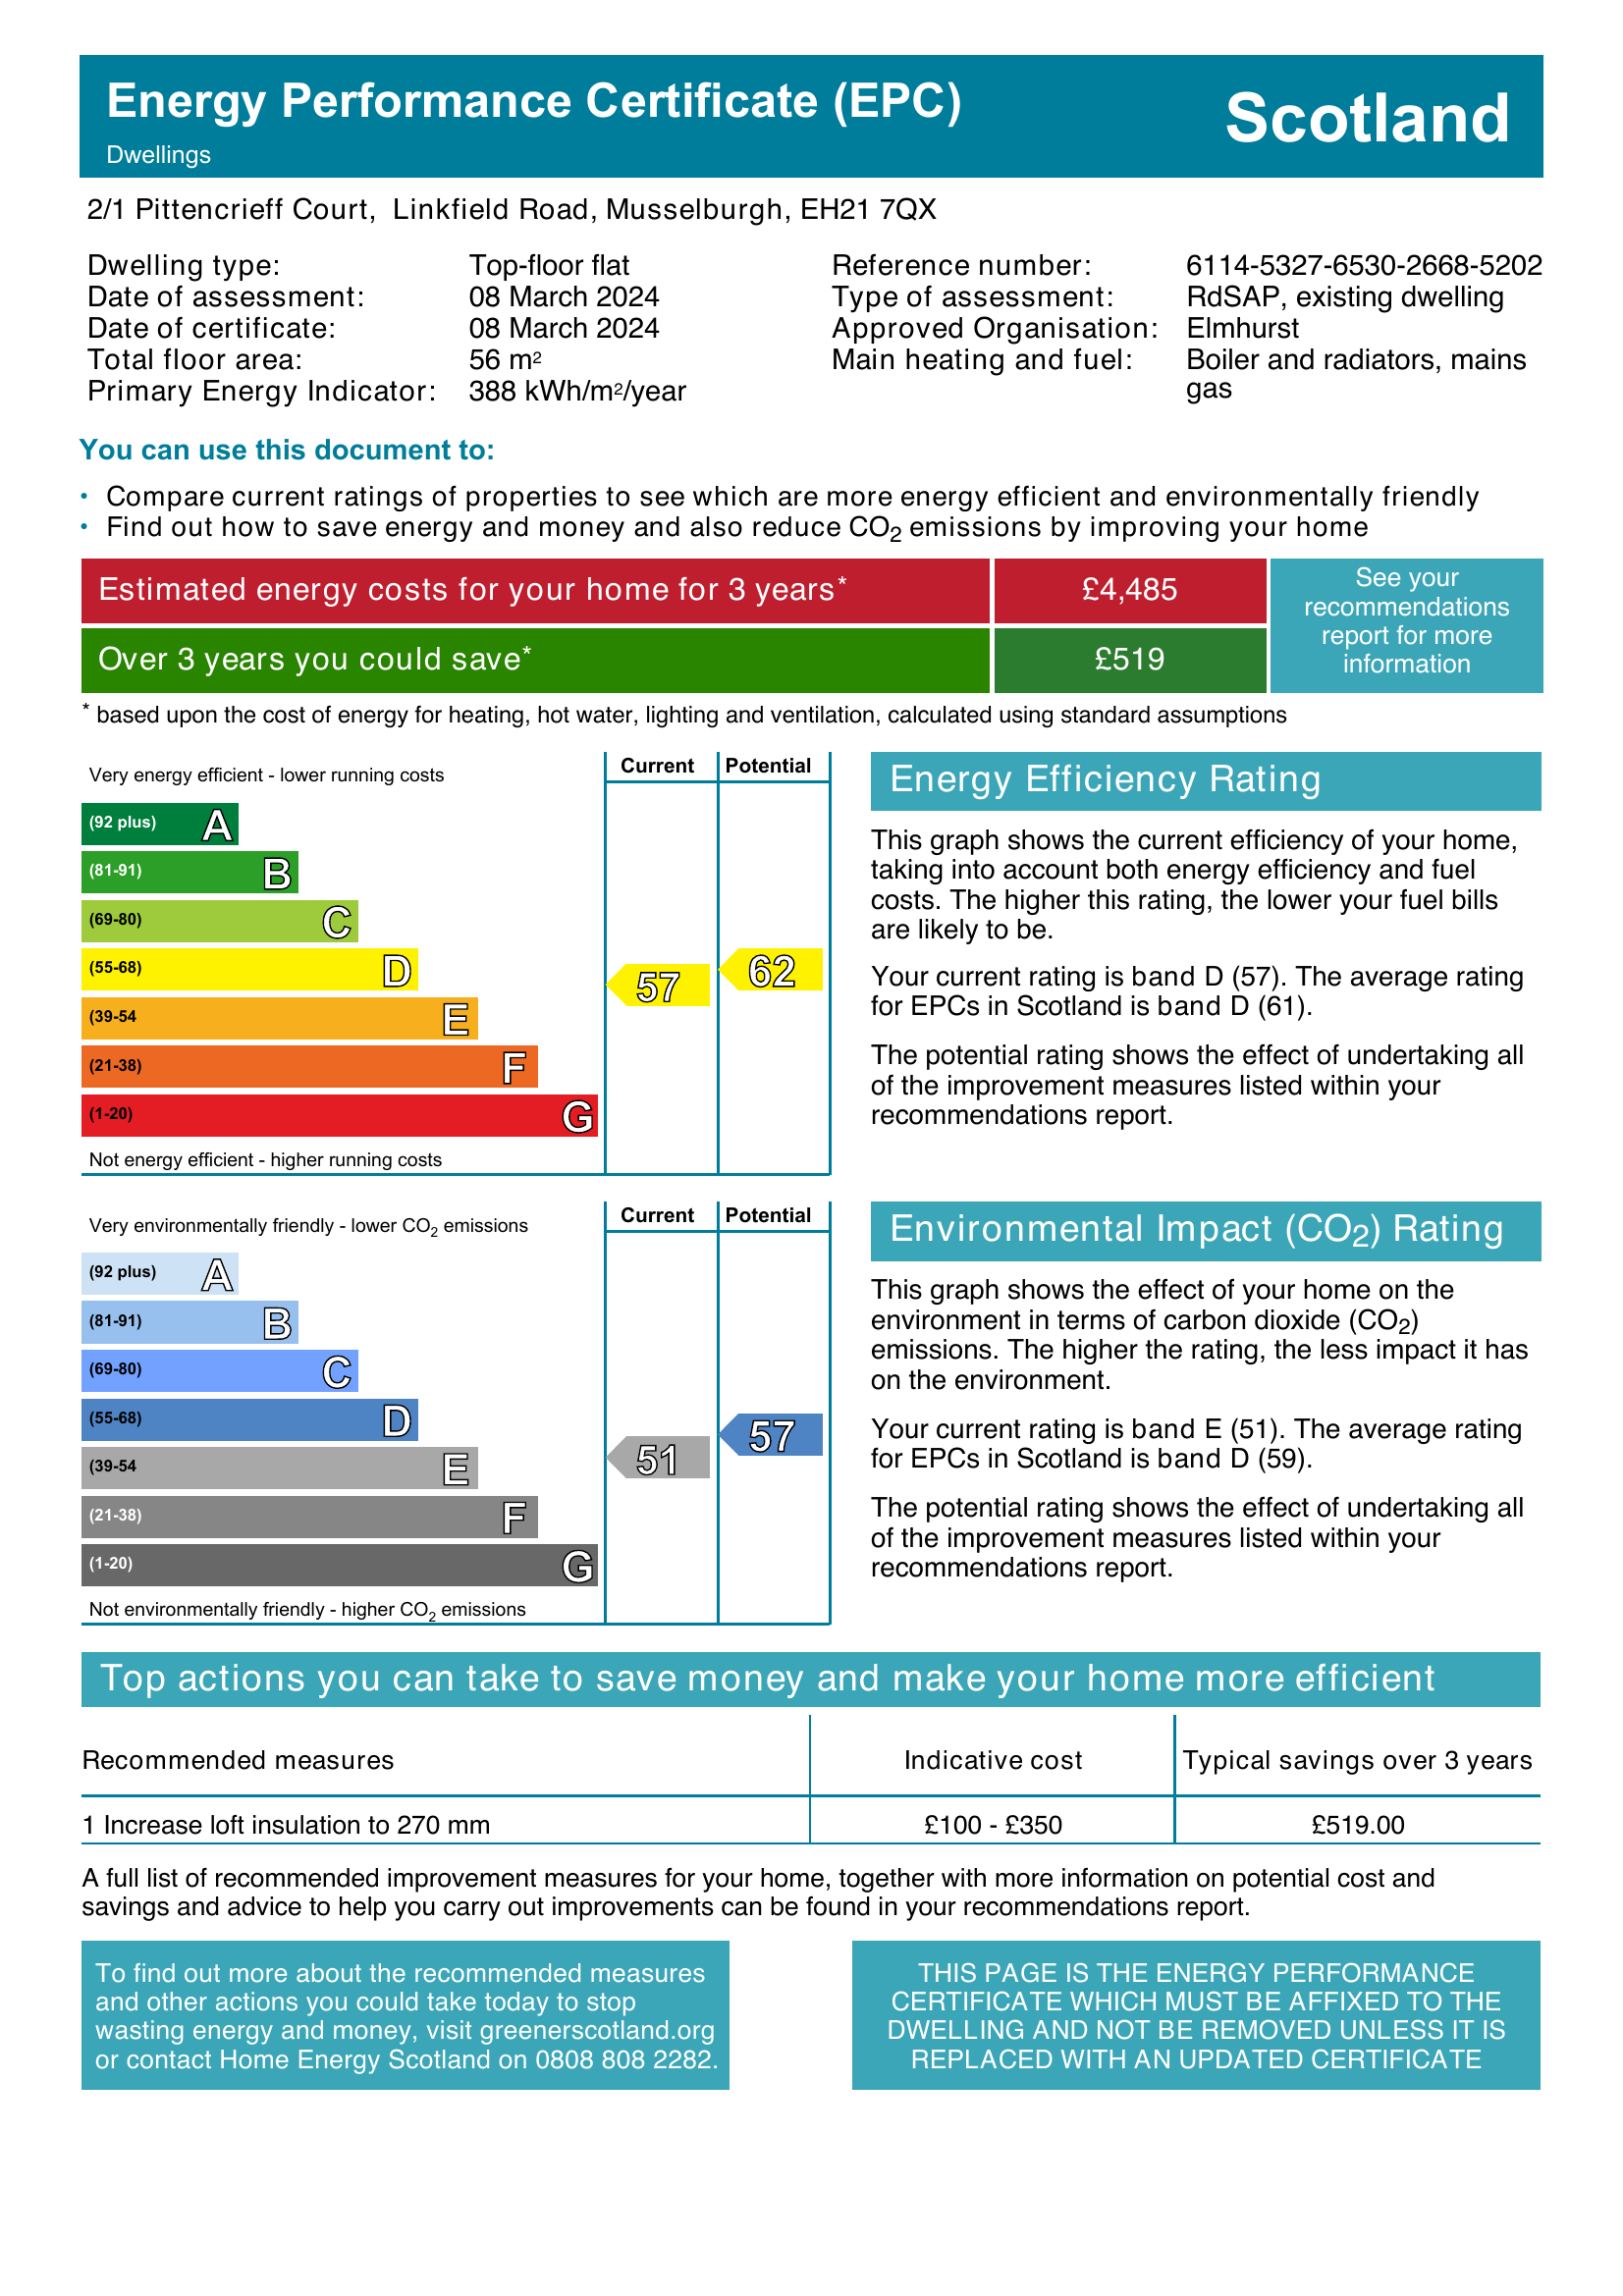
Current energy efficiency rating: D (score 57)
Potential energy efficiency rating: D (score 62)
Current environmental impact (CO2) rating: E (score 51)
Potential environmental impact (CO2) rating: D (score 57)